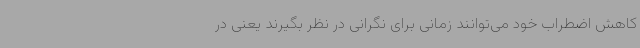
کاهش اضطراب خود می‌توانند زمانی برای نگرانی در نظر بگیرند یعنی در